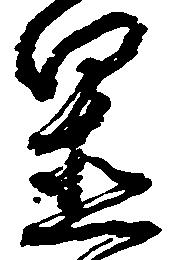
置